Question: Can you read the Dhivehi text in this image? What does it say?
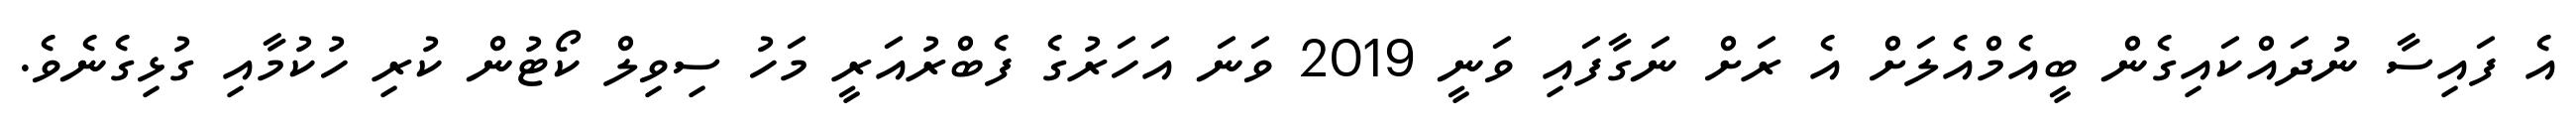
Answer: އެ ފައިސާ ނުދައްކައިގެން ބީއެމްއެލަށް އެ ރަށް ނަގާފައި ވަނީ 2019 ވަނަ އަހަރުގެ ފެބްރުއަރީ މަހު ސިވިލް ކޯޓުން ކުރި ހުކުމާއި ގުޅިގެނެވެ.